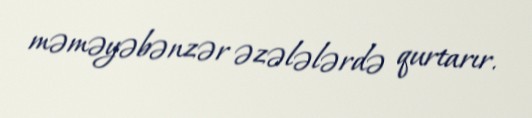
məməyəbənzər əzələlərdə qurtarır.